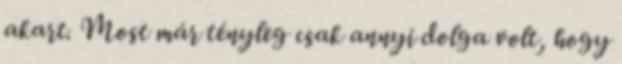
akart. Most már tényleg csak annyi dolga volt, hogy